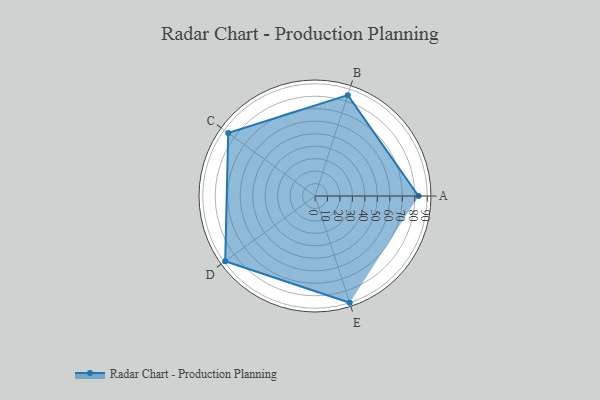
{"axis": {"x": "Skill", "y": "Score"}, "legend": ["Profile"], "data": [{"x": "A", "y": 83.0, "type": "Profile"}, {"x": "B", "y": 85.0, "type": "Profile"}, {"x": "C", "y": 86.0, "type": "Profile"}, {"x": "D", "y": 89.0, "type": "Profile"}, {"x": "E", "y": 90.0, "type": "Profile"}]}